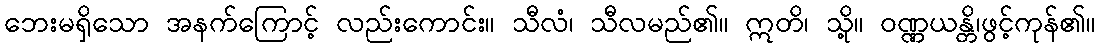
ဘေးမရှိသော အနက်ကြောင့် လည်းကောင်း။ သီလံ၊ သီလမည်၏။ ဣတိ၊ သို့။ ဝဏ္ဏယန္တိ၊ဖွင့်ကုန်၏။